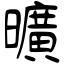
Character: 曠